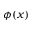
\phi ( x )